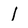
Character: I